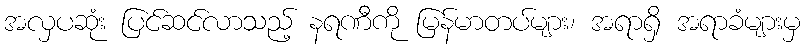
အလှပဆုံး ပြင်ဆင်လာသည့် နရဏီကို မြန်မာတပ်များ၊ အရာရှိ အရာခံများမှ